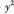
相切于点A(oa，0)，则a1+a2+…+axm=\underline 。